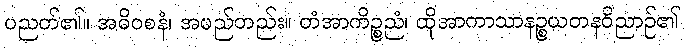
ပညတ်၏။ အဓိဝစနံ၊ အမည်တည်း။ တံအာကိဉ္စညံ၊ ထိုအာကာသာနဉ္စယတနဝိညာဉ်၏